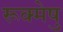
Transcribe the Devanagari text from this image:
रूक्मेषु